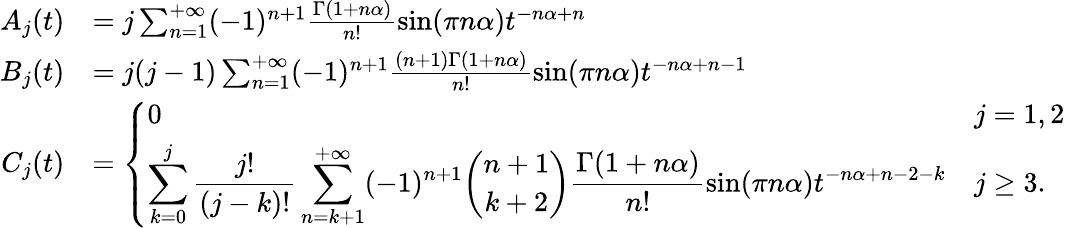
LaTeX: \begin{array}{rl}{A_{j}(t)}&{=j\sum_{n=1}^{+\infty}(-1)^{n+1}\frac{\Gamma(1+n\alpha)}{n!}\sin(\pi n\alpha)t^{-n\alpha+n}}\\ {B_{j}(t)}&{=j(j-1)\sum_{n=1}^{+\infty}(-1)^{n+1}\frac{(n+1)\Gamma(1+n\alpha)}{n!}\sin(\pi n\alpha)t^{-n\alpha+n-1}}\\ {C_{j}(t)}&{=\left\{ \begin{array}{ll}{0}&{j=1,2}\\ {\displaystyle\sum_{k=0}^{j}\frac{j!}{(j-k)!}\sum_{n=k+1}^{+\infty}(-1)^{n+1}\binom{n+1}{k+2}\frac{\Gamma(1+n\alpha)}{n!}\sin(\pi n\alpha)t^{-n\alpha+n-2-k}}&{j\ge 3.}\end{array}\right.}\end{array}